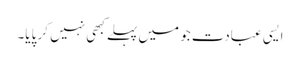
ایسی عبادت جو میں پہلے کبھی نہیں کر پایا۔